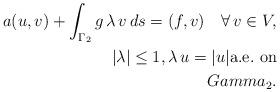
LaTeX: \begin{align*}a(u,v) + \int_{\Gamma_2} g\, \lambda\, v\, ds = (f,v)\quad\forall\,v\in V,\\|\lambda|\leq 1, \lambda\, u =|u| {\rm a.e.\ on}\\Gamma_2.\end{align*}